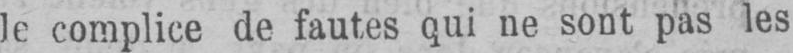
le complice de fautes qui ne sont pas les